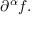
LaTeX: \partial ^ { \alpha } f .